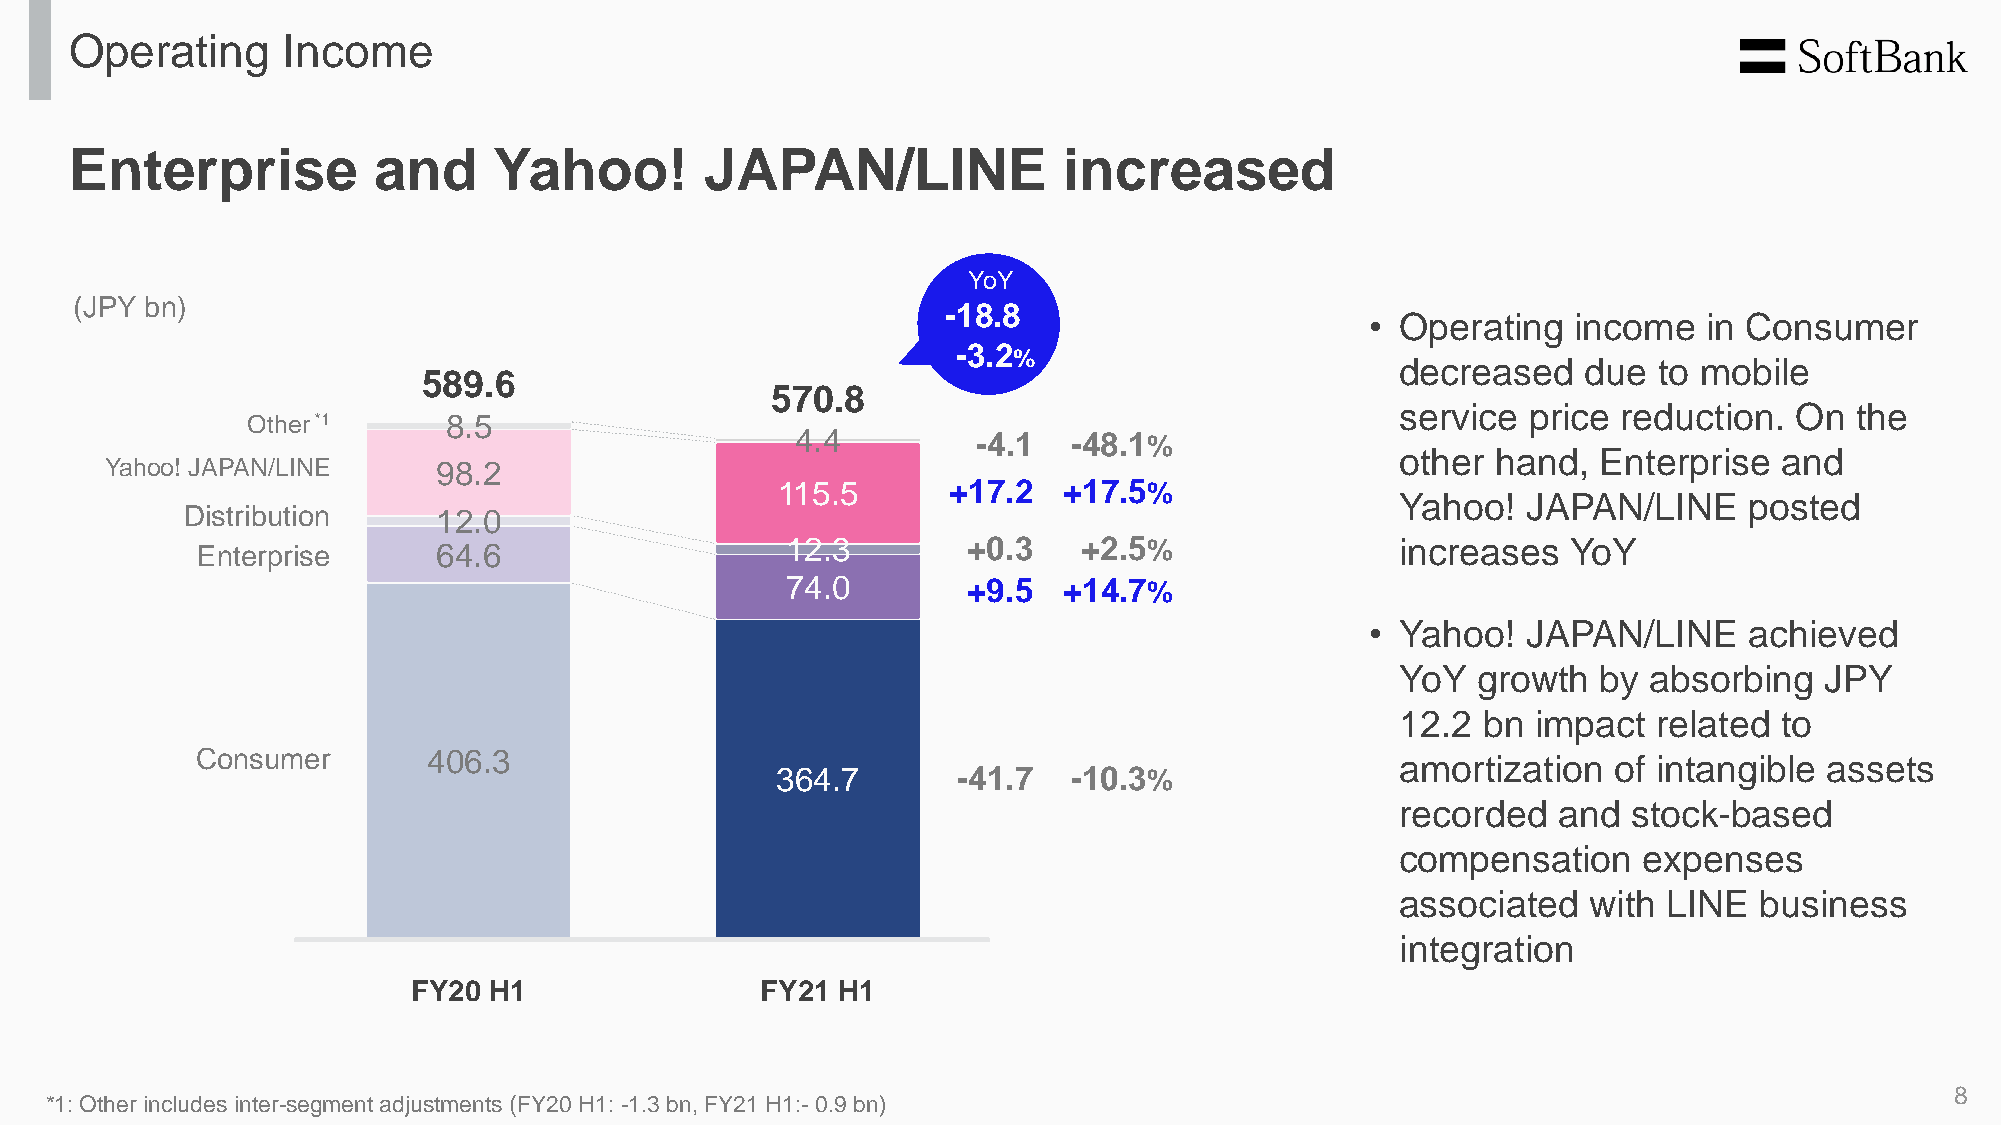
Operating     Income
 Enterprise          and     Yahoo!        JAPAN/LINE             increased
 YoY
 (JPY bn)
 -18.8
 _                      • Operating  income   in Consumer
 -3.2
 %
 decreased   due  to mobile
 589.6
 570.8
 service price reduction.  On  the
 Other*1      8.5
 4.4         -4.1  -48.1%
 other hand,  Enterprise  and
 Yahoo! JAPAN/LINE     98.2
 115.5       +17.2  +17.5%
 Yahoo!  JAPAN/LINE     posted
 Distribution     12.0
 Enterprise      64.6                   12.3        +0.3    +2.5%                increases  YoY
 74.0        +9.5  +14.7%
 • Yahoo!  JAPAN/LINE     achieved
 YoY  growth  by absorbing   JPY
 12.2 bn  impact  related to
 Consumer       406.3                                                            amortization  of intangible assets
 364.7       -41.7   -10.3%
 recorded  and  stock-based
 compensation    expenses
 associated  with LINE  business
 integration
 FY20 H1                FY21 H1
 8
 *1: Other includes inter-segment adjustments (FY20 H1: -1.3 bn, FY21 H1:- 0.9 bn)